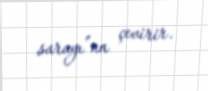
sarayı”na çevirir.